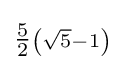
\scriptstyle {\tfrac {5}{2}}\left({\sqrt {5}}-1\right)